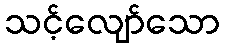
သင့်လျော်သော